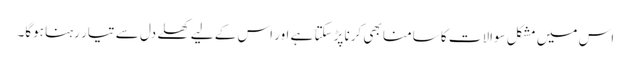
اس میں مشکل سوالات کا سامنا بھی کرنا پڑسکتا ہے اور اس کے لیے کھلے دل سے تیار رہنا ہوگا۔